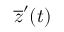
\overline { { z } } ^ { \prime } ( t )